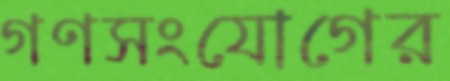
গণসংযোগের